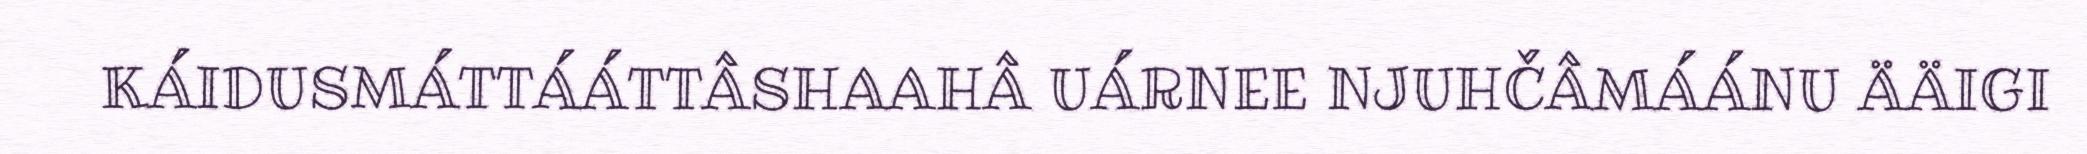
KÁIDUSMÁTTÁÁTTÂSHAAHÂ UÁRNEE NJUHČÂMÁÁNU ÄÄIGI